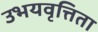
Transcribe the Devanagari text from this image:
उभयवृत्तिता